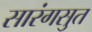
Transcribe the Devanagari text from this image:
सारंगसुत